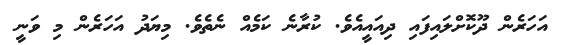
އަހަރެން ދޫކޮށްލައިފައި ދިއައީއެވެ. ކުރާނެ ކަމެއް ނެތެވެ. މިޔަދު އަހަރެން މި ވަނީ